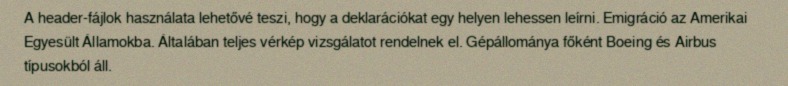
A header-fájlok használata lehetővé teszi, hogy a deklarációkat egy helyen lehessen leírni. Emigráció az Amerikai Egyesült Államokba. Általában teljes vérkép vizsgálatot rendelnek el. Gépállománya főként Boeing és Airbus típusokból áll.